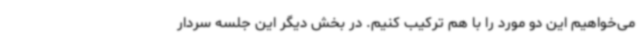
می‌خواهیم این دو مورد را با هم ترکیب کنیم. در بخش دیگر این جلسه سردار